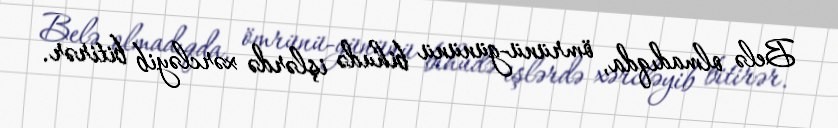
Belə olmadıqda, ömrünü-gününü bihudə işlərdə xərcləyib bitirər.